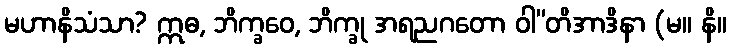
မဟာနိသံသာ? ဣဓ, ဘိက္ခဝေ, ဘိက္ခု အရညဂတော ဝါ”တိအာဒိနာ (မ။ နိ။